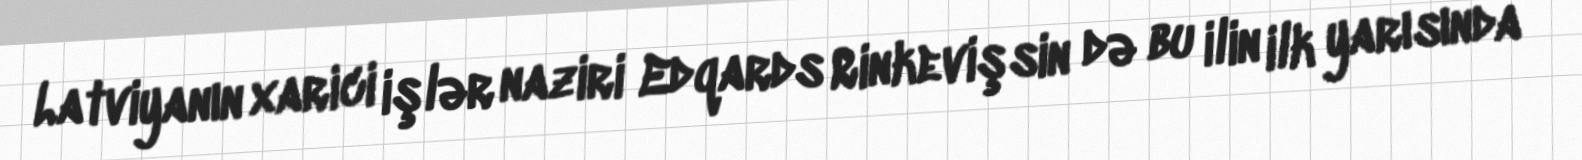
Latviyanın xarici işlər naziri Edqards Rinkevişsin də bu ilin ilk yarısında